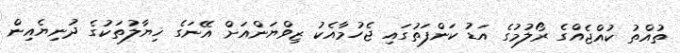
ތުއްތު ކުއްޖެއްގެ ރޯލުމުގެ އަޑު ކަންފަތުގައި ޖެހުމާއެކު ޒިވްޔަންއަށް އޭނަގެ ޚިޔާލުތަކުގެ ދުނިޔެއިން